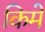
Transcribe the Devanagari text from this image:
किमे